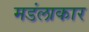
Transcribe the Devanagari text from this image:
मडंलाकार